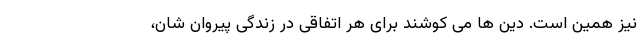
نیز همین است. دین ها می کوشند برای هر اتفاقی در زندگی پیروان شان،